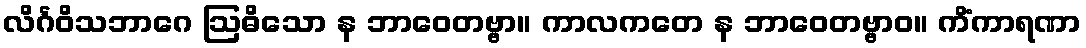
လိင်္ဂဝိသဘာဂေ ဩဓိသော န ဘာဝေတဗ္ဗာ။ ကာလကတေ န ဘာဝေတဗ္ဗာဝ။ ကိံကာရဏာ